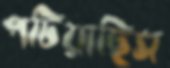
পটিয়াছিস